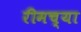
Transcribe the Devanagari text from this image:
रीमच्या